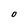
Character: O